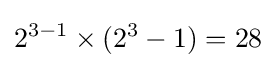
2^{3-1}\times (2^{3}-1)=28